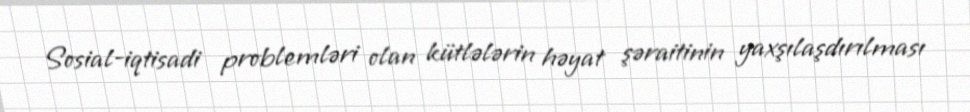
Sosial-iqtisadi problemləri olan kütlələrin həyat şəraitinin yaxşılaşdırılması